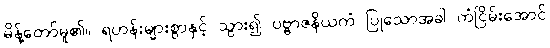
မိန့်တော်မူ၏။ ရဟန်းများစွာနှင့် သွား၍ ပဗ္ဗာဇနိယကံ ပြုသောအခါ ကံငြိမ်းအောင်